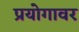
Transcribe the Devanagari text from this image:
प्रयोगावर